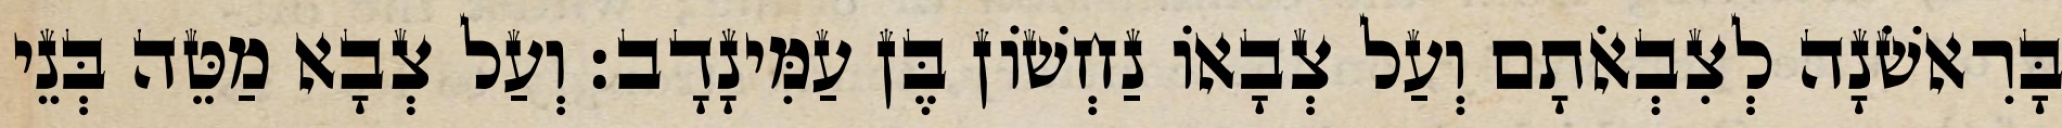
בָּרִאשֹׁנָה לְצִבְאֹתָם וְעַל צְבָאוֹ נַחְשׁוֹן בֶּן עַמִּינָדָב׃ וְעַל צְבָא מַטֵּה בְּנֵי